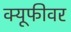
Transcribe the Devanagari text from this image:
क्यूफीवर